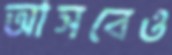
আসবেও